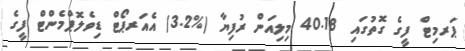
ޕަރމިޓް ފީގެ ގޮތުގައި 40.18 މިލިއަން ރުފިޔާ (%3.2) އެއަރޕޯޓް ޑިވެލޮޕްމެންޓް ފީގެ